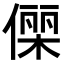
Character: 𬿥